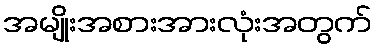
အမျိုးအစားအားလုံးအတွက်